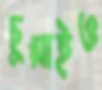
চুপ্‌সাইও